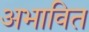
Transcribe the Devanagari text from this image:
अभावित